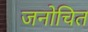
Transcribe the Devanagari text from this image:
जनोचित